Indian journal of veterinary science and animal husbandry - Volumes 24-25, 1954-1955
Year: 1954
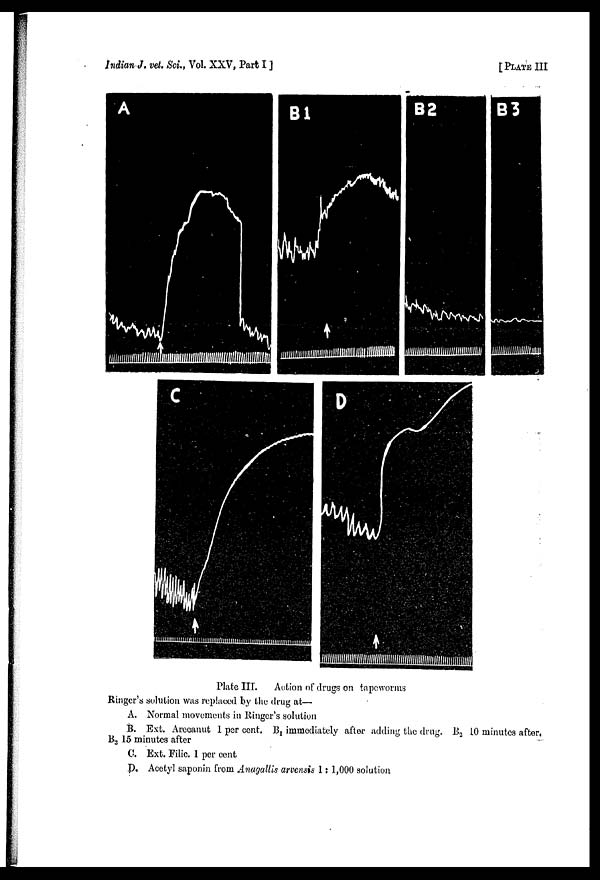
Indian J. vet. Sci., Vol. XXV, Part I ]
[ PLATE III
Plate III.
Action of drugs on tapeworms
Ringer's solution was replaced by the drug at—
A. Normal movements in Ringer's solution
B. Ext. Arecanut 1 per cent. B 1 immediately after adding the drug. B 2 10 minutes after,
B 3 15 minutes after
C. Ext. Filic. 1 per cent
D. Acetyl saponin from Anagallis arvensis 1 : 1,000 solution